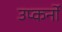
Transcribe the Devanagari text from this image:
उप्कर्नो